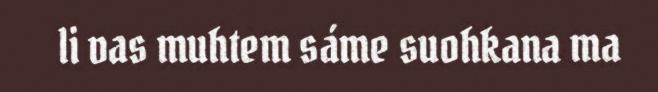
li vas muhtem sáme suohkana ma